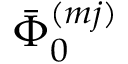
\bar { \Phi } _ { 0 } ^ { ( m j ) }